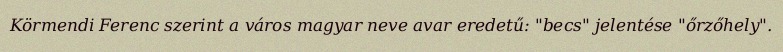
Körmendi Ferenc szerint a város magyar neve avar eredetű: "becs" jelentése "őrzőhely".